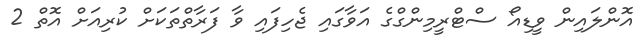
އޮންލައިން ވީޑިއޯ ސްޓްރީމިންގްގެ އަވާގައި ޖެހިފައި ވާ ފަރާތްތަކަށް ކުރިއަށް އޮތް 2